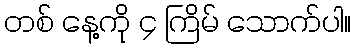
တစ် နေ့ကို ၄ ကြိမ် သောက်ပါ။